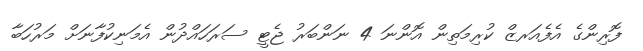
ފޮރިންގެ އެފެއަރޒް ކުރިމަތިން އޮންނަ 4 ނަންބަރު ޖެޓީ ސަރަހައްދުން އެމަނިކުފާނަށް މަރުހަބާ